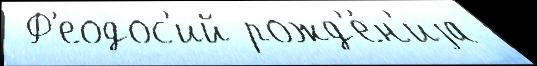
 Ф'еодос'ий рожд'е́н'иjа